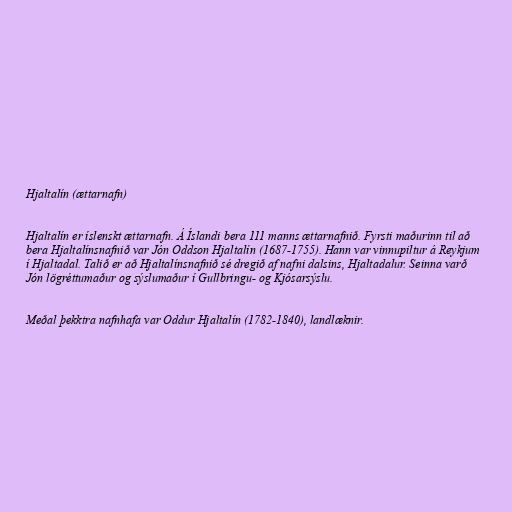
Hjaltalín (ættarnafn)

Hjaltalín er íslenskt ættarnafn. Á Íslandi bera 111 manns ættarnafnið. Fyrsti maðurinn til að
bera Hjaltalínsnafnið var Jón Oddson Hjaltalín (1687-1755). Hann var vinnupiltur á Reykjum
í Hjaltadal. Talið er að Hjaltalínsnafnið sé dregið af nafni dalsins, Hjaltadalur. Seinna varð
Jón lögréttumaður og sýslumaður í Gullbringu- og Kjósarsýslu.

Meðal þekktra nafnhafa var Oddur Hjaltalín (1782-1840), landlæknir.